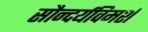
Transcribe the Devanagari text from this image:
सौन्दर्यविमर्श